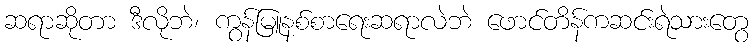
ဆရာဆိုတာ ဒီလိုဘဲ၊ ကွန်မြူနစ်စာရေးဆရာလဲဘဲ ဖောင်တိန်ကဆင်းရဲသားတွေ